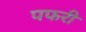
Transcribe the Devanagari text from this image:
पफरी